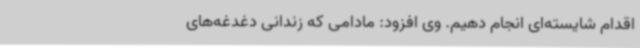
اقدام شایسته‌ای انجام دهیم. وی افزود: مادامی که زندانی دغدغه‌های